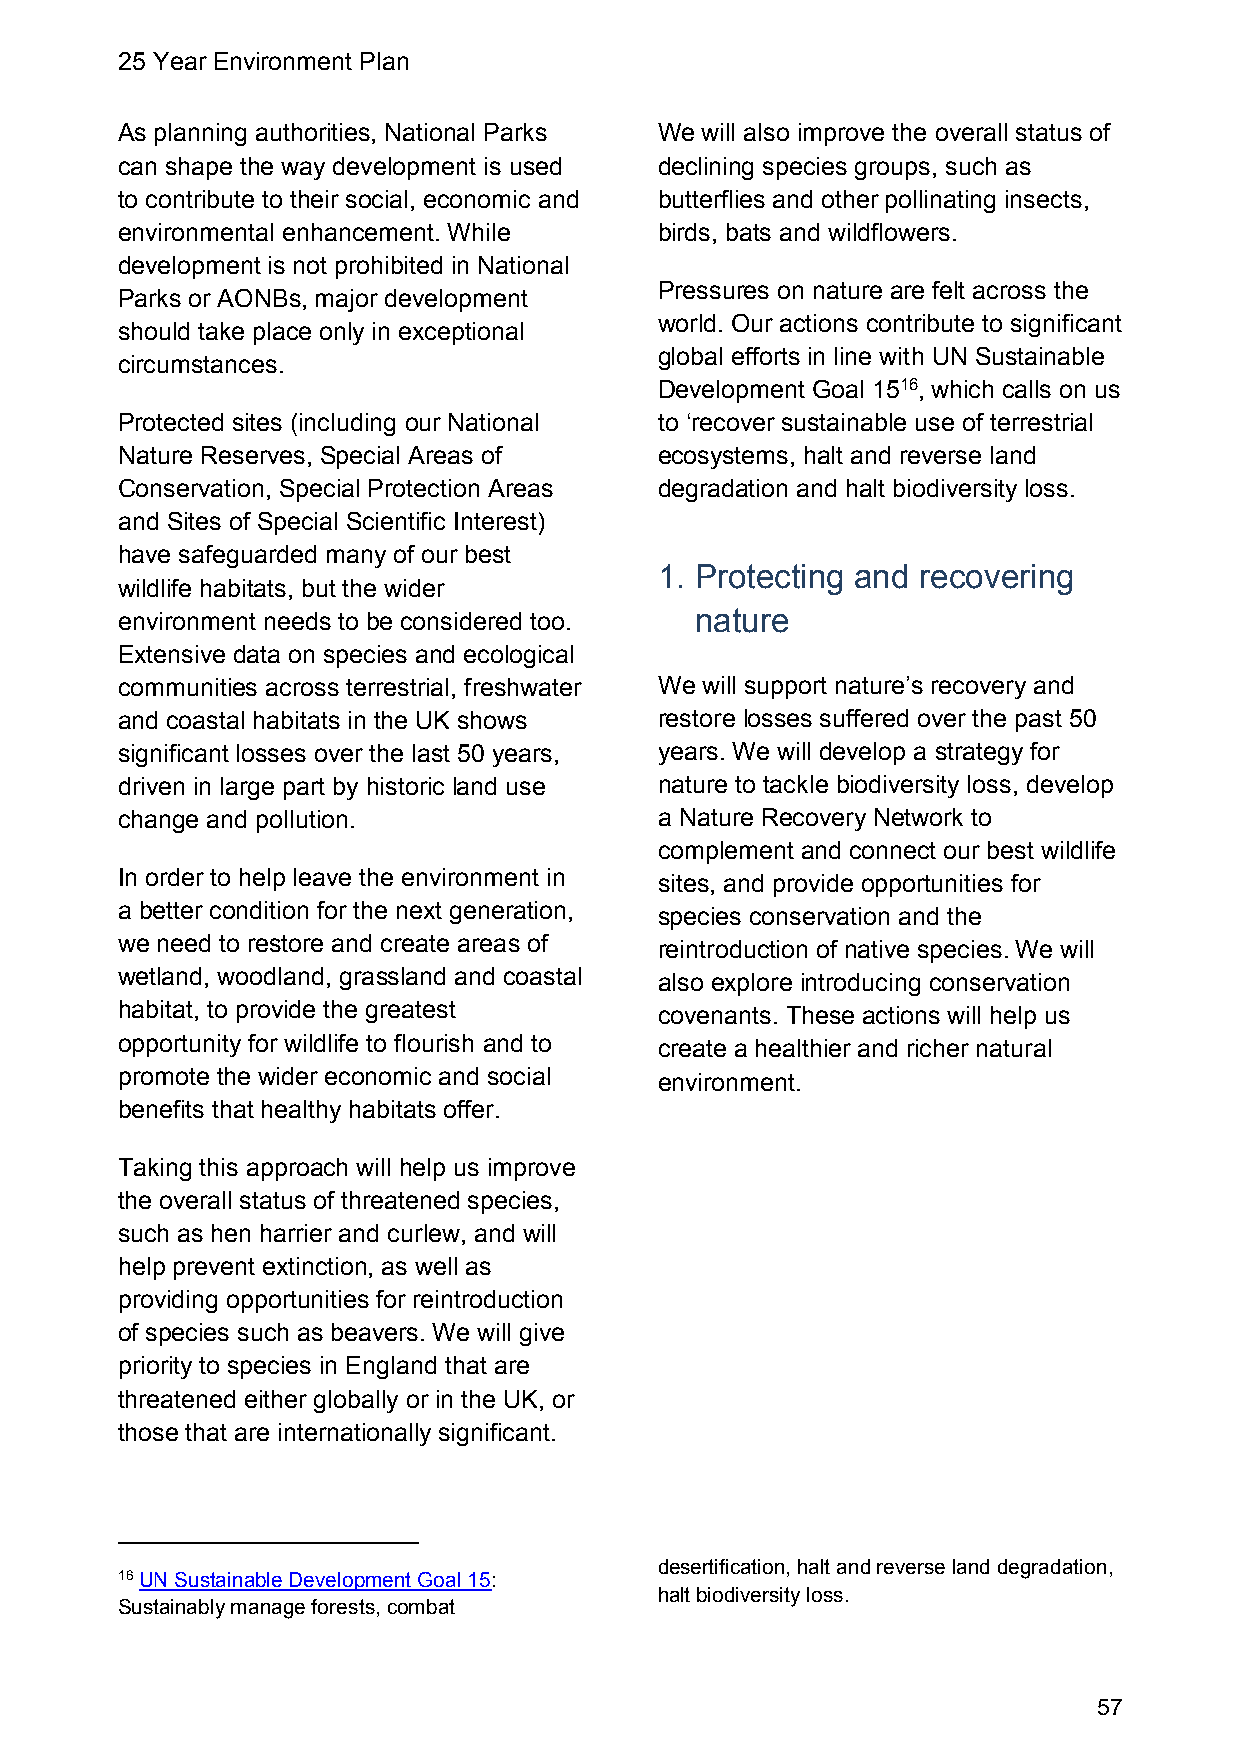
25 Year Environment Plan
 As planning authorities, National Parks We will also improve the overall status of
 can shape the way development is used declining species groups, such as
 to contribute to their social, economic and butterflies and other pollinating insects,
 environmental enhancement. While    birds, bats and wildflowers.
 development is not prohibited in National
 Pressures on nature are felt across the
 Parks or AONBs, major development
 world. Our actions contribute to significant
 should take place only in exceptional
 global efforts in line with UN Sustainable
 circumstances.
 Development Goal 1516, which calls on us
 Protected sites (including our National to ‘recover sustainable use of terrestrial
 Nature Reserves, Special Areas of   ecosystems, halt and reverse land
 Conservation, Special Protection Areas degradation and halt biodiversity loss.
 and Sites of Special Scientific Interest)
 have safeguarded many of our best
 1. Protecting and recovering
 wildlife habitats, but the wider
 environment needs to be considered too. nature
 Extensive data on species and ecological
 communities across terrestrial, freshwater We will support nature’s recovery and
 and coastal habitats in the UK shows restore losses suffered over the past 50
 significant losses over the last 50 years, years. We will develop a strategy for
 driven in large part by historic land use nature to tackle biodiversity loss, develop
 change and pollution.               a Nature Recovery Network to
 complement and connect our best wildlife
 In order to help leave the environment in sites, and provide opportunities for
 a better condition for the next generation, species conservation and the
 we need to restore and create areas of reintroduction of native species. We will
 wetland, woodland, grassland and coastal also explore introducing conservation
 habitat, to provide the greatest    covenants. These actions will help us
 opportunity for wildlife to flourish and to create a healthier and richer natural
 promote the wider economic and social environment.
 benefits that healthy habitats offer.
 Taking this approach will help us improve
 the overall status of threatened species,
 such as hen harrier and curlew, and will
 help prevent extinction, as well as
 providing opportunities for reintroduction
 of species such as beavers. We will give
 priority to species in England that are
 threatened either globally or in the UK, or
 those that are internationally significant.
 desertification, halt and reverse land degradation,
 16 UN Sustainable Development Goal 15:
 halt biodiversity loss.
 Sustainably manage forests, combat
 57